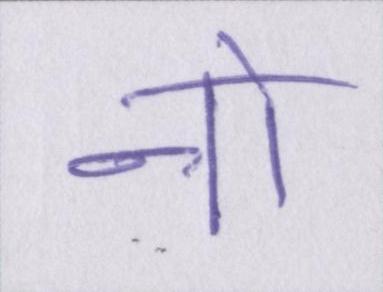
नो